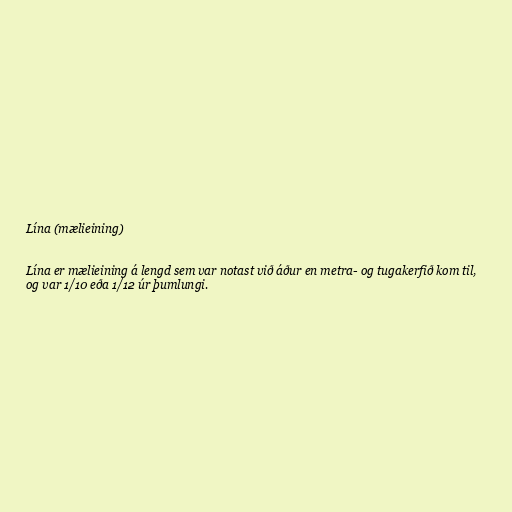
Lína (mælieining)

Lína er mælieining á lengd sem var notast við áður en metra- og tugakerfið kom til,
og var 1/10 eða 1/12 úr þumlungi.